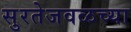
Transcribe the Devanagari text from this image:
सुरतेजवळच्या